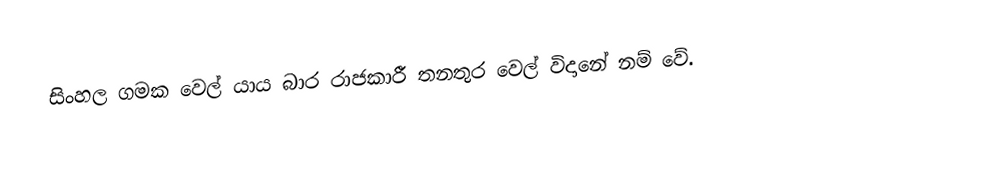
සිංහල ගමක වෙල් යාය බාර රාජකාරී තනතුර වෙල් විදානේ නම් වේ.